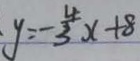
y = - \frac { 4 } { 3 } x + 8